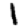
Digit: 1